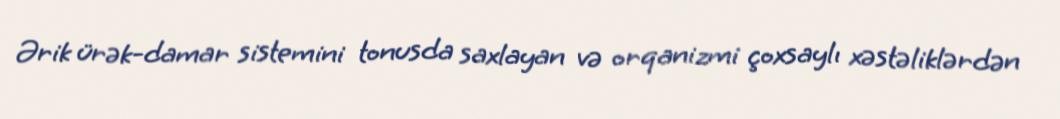
Ərik ürək-damar sistemini tonusda saxlayan və orqanizmi çoxsaylı xəstəliklərdən